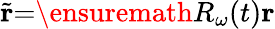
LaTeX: \widetilde{\mathbf{r}}{=}\ensuremath{R_{\omega}}(t)\mathbf{r}